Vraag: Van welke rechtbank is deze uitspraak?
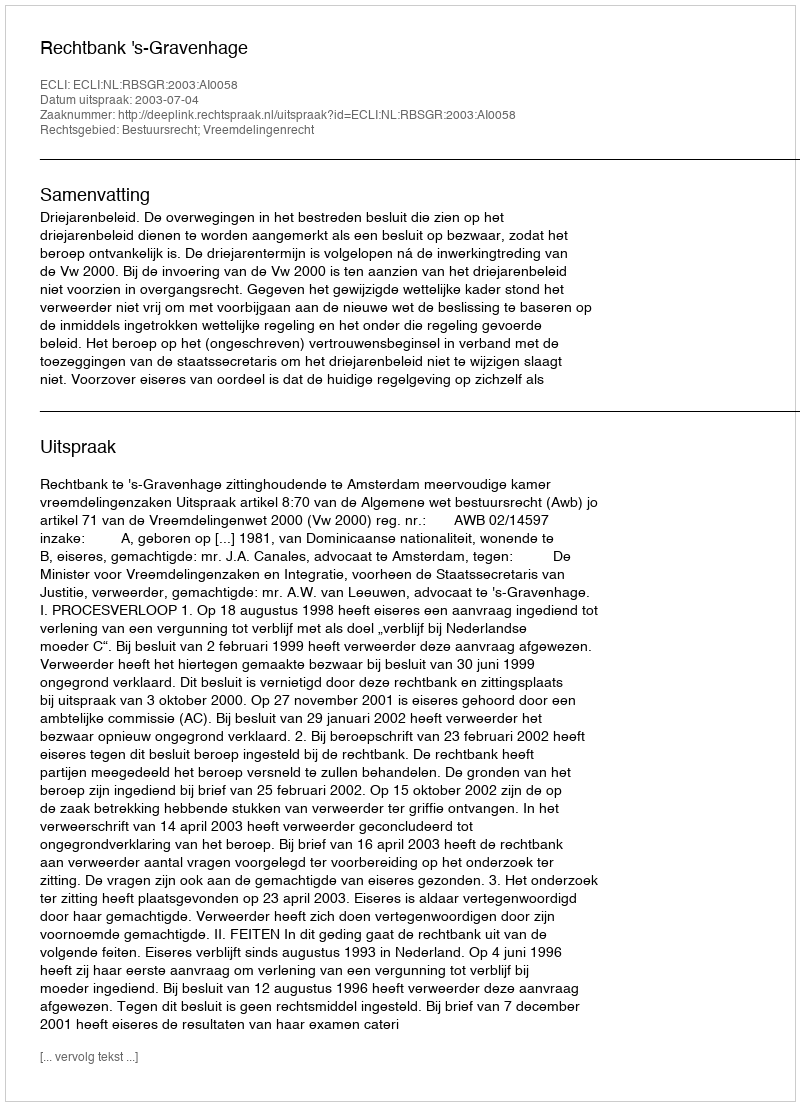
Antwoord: Rechtbank 's-Gravenhage